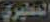
المطيري